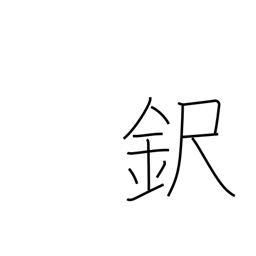
Meaning: surname